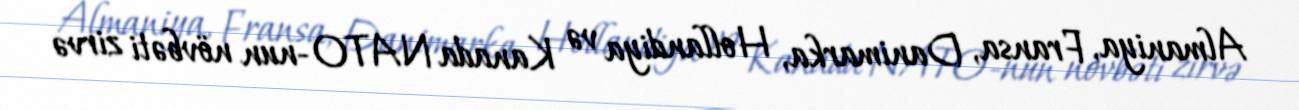
Almaniya, Fransa, Danimarka, Hollandiya və Kanada NATO-nun növbəti zirvə